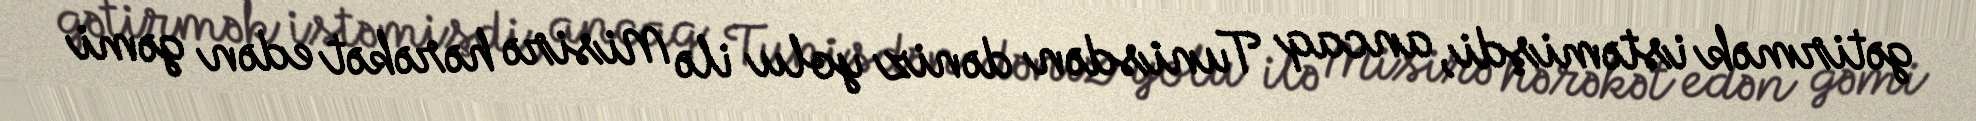
gətirmək istəmişdi, ancaq Tunisdən dəniz yolu ilə Misirə hərəkət edən gəmi